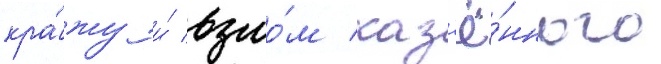
кра́жу и́ взло́м каз'ё́нного